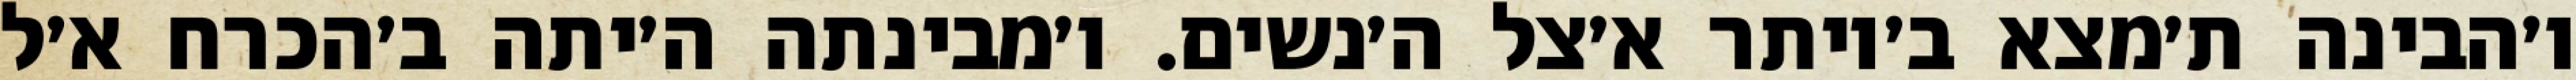
ו׳הבינה ת׳מצא ב׳יותר א׳צל ה׳נשים. ו׳מבינתה ה׳יתה ב׳הכרח א׳ל